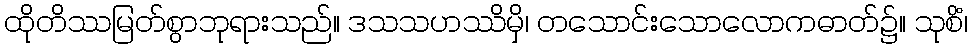
ထိုတိဿမြတ်စွာဘုရားသည်။ ဒသသဟဿိမှိ၊ တသောင်းသောလောကဓာတ်၌။ သုစိံ၊